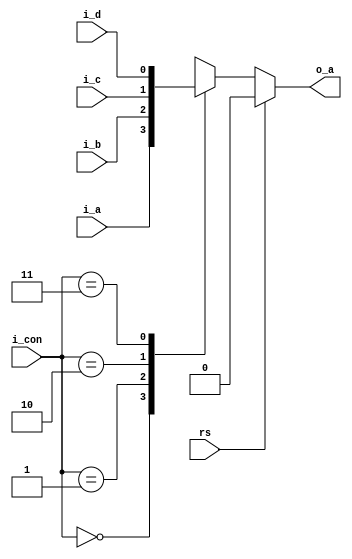
`timescale 1ns / 1ps
//////////////////////////////////////////////////////////////////////////////////
// Company: 
// Engineer: 
// 
// Design Name: 
// Module Name:    multiplexor_reset 
// Project Name: 
// Target Devices: 
// Tool versions: 
// Description: 
//
// Dependencies: 
//
// Revision: 
// Revision 0.01 - File Created
// Additional Comments: 
//
//////////////////////////////////////////////////////////////////////////////////
module Multiplexor_reset( 
	input wire i_a, 
	input wire i_b, 
	input wire i_c, 
	input wire i_d,
	input wire [0:1] i_con,
	output reg o_a,
	input wire rs
    );


 always @(*) //pongo el asterisco, asi el always cambia siempre que cambie una seal de entrada.
 begin

	if (rs)
		o_a = 0;
	else 
		begin 
		 case (i_con)
		 2'b00: o_a = i_a;
		 2'b01: o_a = i_b;
		 2'b10: o_a = i_c;
		 2'b11: o_a = i_d;
		endcase
		end
	end
//end
 
endmodule